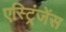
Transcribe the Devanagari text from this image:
एस्ट्रिंजेंस